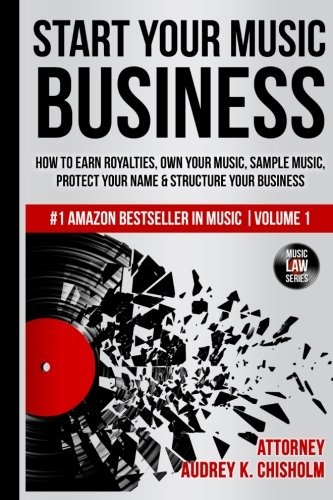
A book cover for Start Your Music Business: How to Earn Royalties, Own Your Music, Sample Music, Protect Your Name & Structure Your Music Business (Music Law Series) (Volume 1); Audrey K. Chisholm Esq.; Arts & Photography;